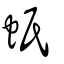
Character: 蚔